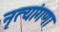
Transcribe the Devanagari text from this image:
नृत्यांगणा